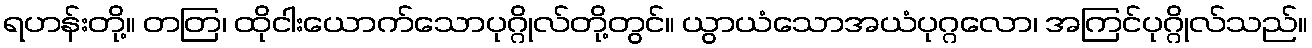
ရဟန်းတို့။ တတြ၊ ထိုငါးယောက်သောပုဂ္ဂိုလ်တို့တွင်။ ယွာယံသောအယံပုဂ္ဂလော၊ အကြင်ပုဂ္ဂိုလ်သည်။